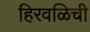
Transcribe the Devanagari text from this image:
हिरवळिची